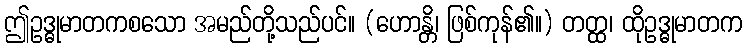
ဤဥဒ္ဓုမာတကစသော အမည်တို့သည်ပင်။ (ဟောန္တိ၊ ဖြစ်ကုန်၏။) တတ္ထ၊ ထိုဥဒ္ဓုမာတက